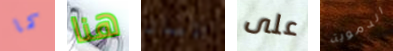
كما هنا الامان على الدموية